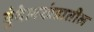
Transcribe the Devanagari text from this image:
बुंदेलखंडातील